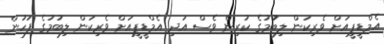
އެމްޑީޕީއަށް ވެރިކަން ލިބުުމުގެ ކުރިން ވެސް އަދި އެމްޑީޕީއަށް ވެރިކަން ލިބުމުގެ ފަހުން